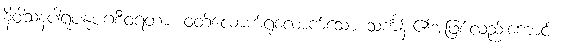
နိဝါသနပါရူပနုပဂစီဝရတာ၊ ဝတ်လောက်ရုံလောက်သော သင်္ကန်း၏အဖြစ်လည်းကောင်း။